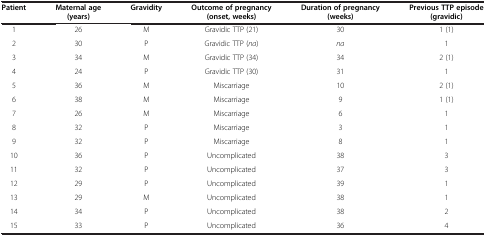
<table><thead><tr><td><b>Patient</b></td><td><b>Maternal age (years)</b></td><td><b>Gravidity</b></td><td><b>Outcome of pregnancy (onset, weeks)</b></td><td><b>Duration of pregnancy (weeks)</b></td><td><b>Previous TTP episode (gravidic)</b></td></tr></thead><tbody><tr><td>1</td><td>26</td><td>M</td><td>Gravidic TTP (21)</td><td>30</td><td>1 (1)</td></tr><tr><td>2</td><td>30</td><td>P</td><td>Gravidic TTP (<i>na</i>)</td><td><i>na</i></td><td>1</td></tr><tr><td>3</td><td>34</td><td>M</td><td>Gravidic TTP (34)</td><td>34</td><td>2 (1)</td></tr><tr><td>4</td><td>24</td><td>P</td><td>Gravidic TTP (30)</td><td>31</td><td>1</td></tr><tr><td>5</td><td>36</td><td>M</td><td>Miscarriage</td><td>10</td><td>2 (1)</td></tr><tr><td>6</td><td>38</td><td>M</td><td>Miscarriage</td><td>9</td><td>1 (1)</td></tr><tr><td>7</td><td>26</td><td>M</td><td>Miscarriage</td><td>6</td><td>1</td></tr><tr><td>8</td><td>32</td><td>P</td><td>Miscarriage</td><td>3</td><td>1</td></tr><tr><td>9</td><td>32</td><td>P</td><td>Miscarriage</td><td>8</td><td>1</td></tr><tr><td>10</td><td>36</td><td>P</td><td>Uncomplicated</td><td>38</td><td>3</td></tr><tr><td>11</td><td>32</td><td>P</td><td>Uncomplicated</td><td>37</td><td>3</td></tr><tr><td>12</td><td>29</td><td>P</td><td>Uncomplicated</td><td>39</td><td>1</td></tr><tr><td>13</td><td>29</td><td>M</td><td>Uncomplicated</td><td>38</td><td>1</td></tr><tr><td>14</td><td>34</td><td>P</td><td>Uncomplicated</td><td>38</td><td>2</td></tr><tr><td>15</td><td>33</td><td>P</td><td>Uncomplicated</td><td>36</td><td>4</td></tr></tbody></table>